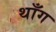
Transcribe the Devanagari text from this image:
थाँग